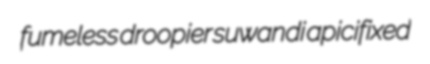
fumeless droopier suwandi apicifixed